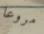
مروعا